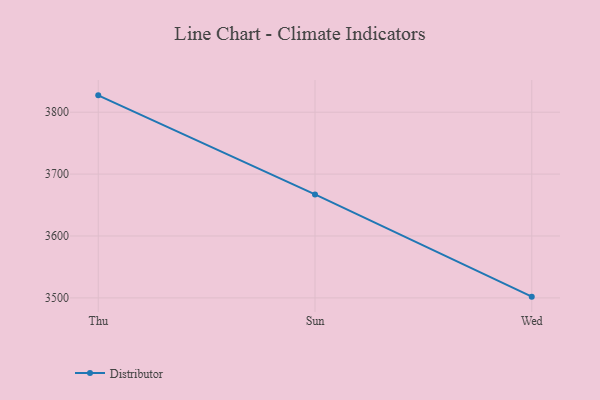
{"axis": {"x": "Day", "y": "Net Income (USD K)"}, "legend": ["Distributor"], "data": [{"x": "Thu", "y": 3827.2, "type": "Distributor"}, {"x": "Sun", "y": 3667.2, "type": "Distributor"}, {"x": "Wed", "y": 3502.0, "type": "Distributor"}]}